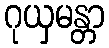
ဂုယှမန္တာ